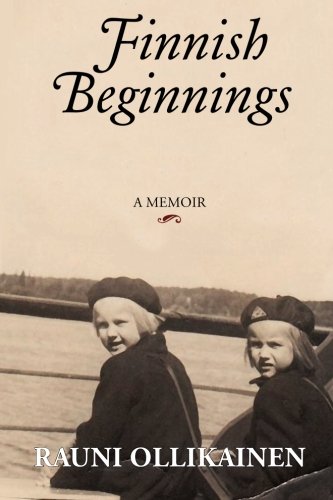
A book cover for Finnish Beginnings: Memoir - A Childhood in Finland; Rauni I Ollikainen; Crafts, Hobbies & Home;